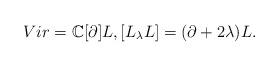
LaTeX: \begin{align*}Vir= \mathbb{C}[\partial]L, [L_\lambda L]= (\partial+ 2\lambda)L.\end{align*}